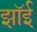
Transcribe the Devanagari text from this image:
झॉई